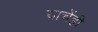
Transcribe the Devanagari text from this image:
याचेंही